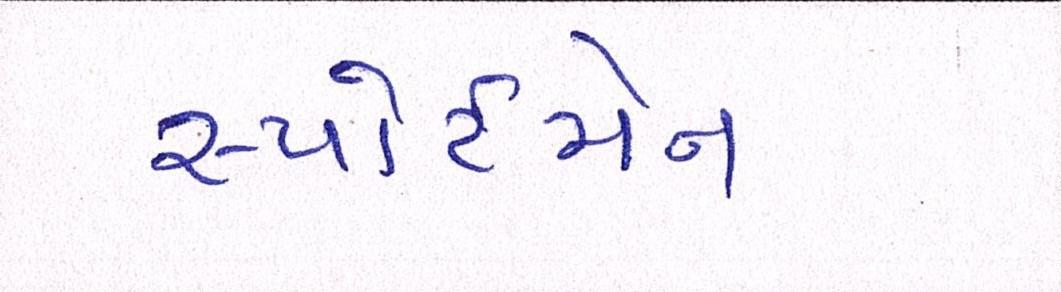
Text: સ્પોર્ટસમેન